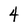
Character: 4